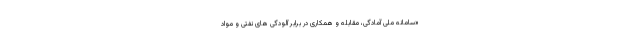
«سامانه ملی آمادگی، مقابله و همکاری در برابر آلودگی های نفتی و مواد